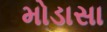
મોડાસા